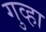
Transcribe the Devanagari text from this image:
गुव्हा